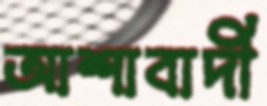
আশাবাদী